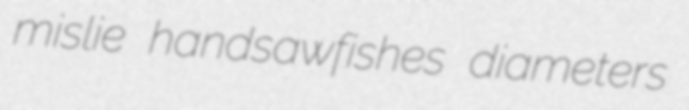
mislie handsawfishes diameters